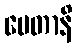
ပေတာနိ